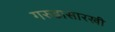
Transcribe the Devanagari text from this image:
गरुडासारखी